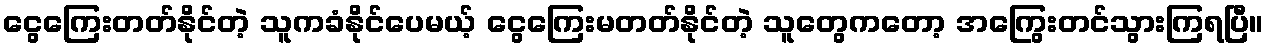
ငွေကြေးတတ်နိုင်တဲ့ သူကခံနိုင်ပေမယ့် ငွေကြေးမတတ်နိုင်တဲ့ သူတွေကတော့ အကြွေးတင်သွားကြရပြီ။